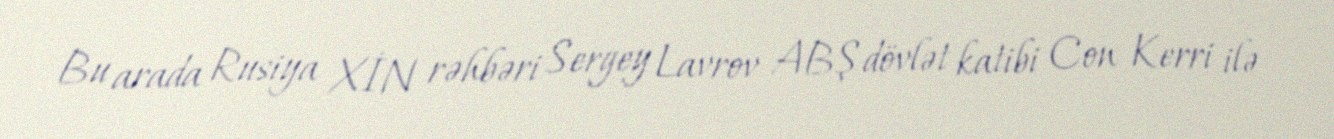
Bu arada Rusiya XİN rəhbəri Sergey Lavrov ABŞ dövlət katibi Con Kerri ilə